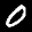
Label: 0